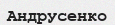
Андрусенко